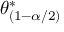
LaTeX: \theta _ { ( 1 - \alpha / 2 ) } ^ { * }